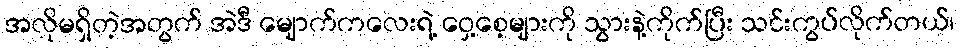
အလိုမရှိတဲ့အတွက် အဲဒီ မျောက်ကလေးရဲ့ ဝှေ့စေ့များကို သွားနဲ့ကိုက်ပြီး သင်းကွပ်လိုက်တယ်၊